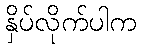
နှိပ်လိုက်ပါက